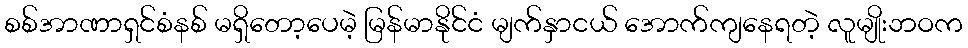
စစ်အာဏာရှင်စံနစ် မရှိတော့ပေမဲ့ မြန်မာနိုင်ငံ မျက်နှာငယ် အောက်ကျနေရတဲ့ လူမျိုးဘဝက